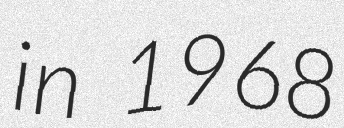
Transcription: in 1968